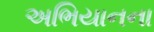
અભિયાનના